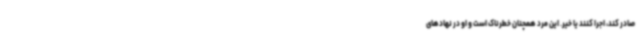
صادر کند، اجرا کنند یا خیر. این مرد همچنان خطرناک است و او در نهادهای